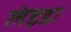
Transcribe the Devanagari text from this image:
लेइडा